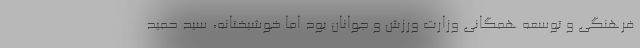
فرهنگی و توسعه همگانی وزارت ورزش و جوانان بود اما خوشبختانه، سید حمید